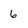
Character: 6